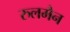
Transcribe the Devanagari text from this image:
रुलमैन